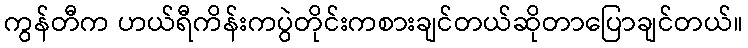
ကွန်တီက ဟယ်ရီကိန်းကပွဲတိုင်းကစားချင်တယ်ဆိုတာပြောချင်တယ်။